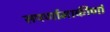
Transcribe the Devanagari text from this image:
सपर्णामाकीर्णां